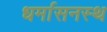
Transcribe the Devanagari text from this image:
धर्मासनस्थ